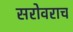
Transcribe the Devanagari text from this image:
सरोवराच